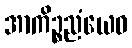
အာကိဉ္စညံယေဝ